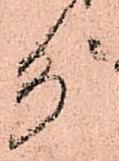
分